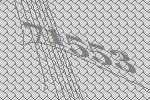
71553